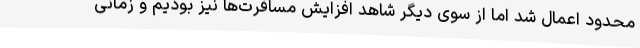
محدود اعمال شد اما از سوی دیگر شاهد افزایش مسافرت‌ها نیز بودیم و زمانی